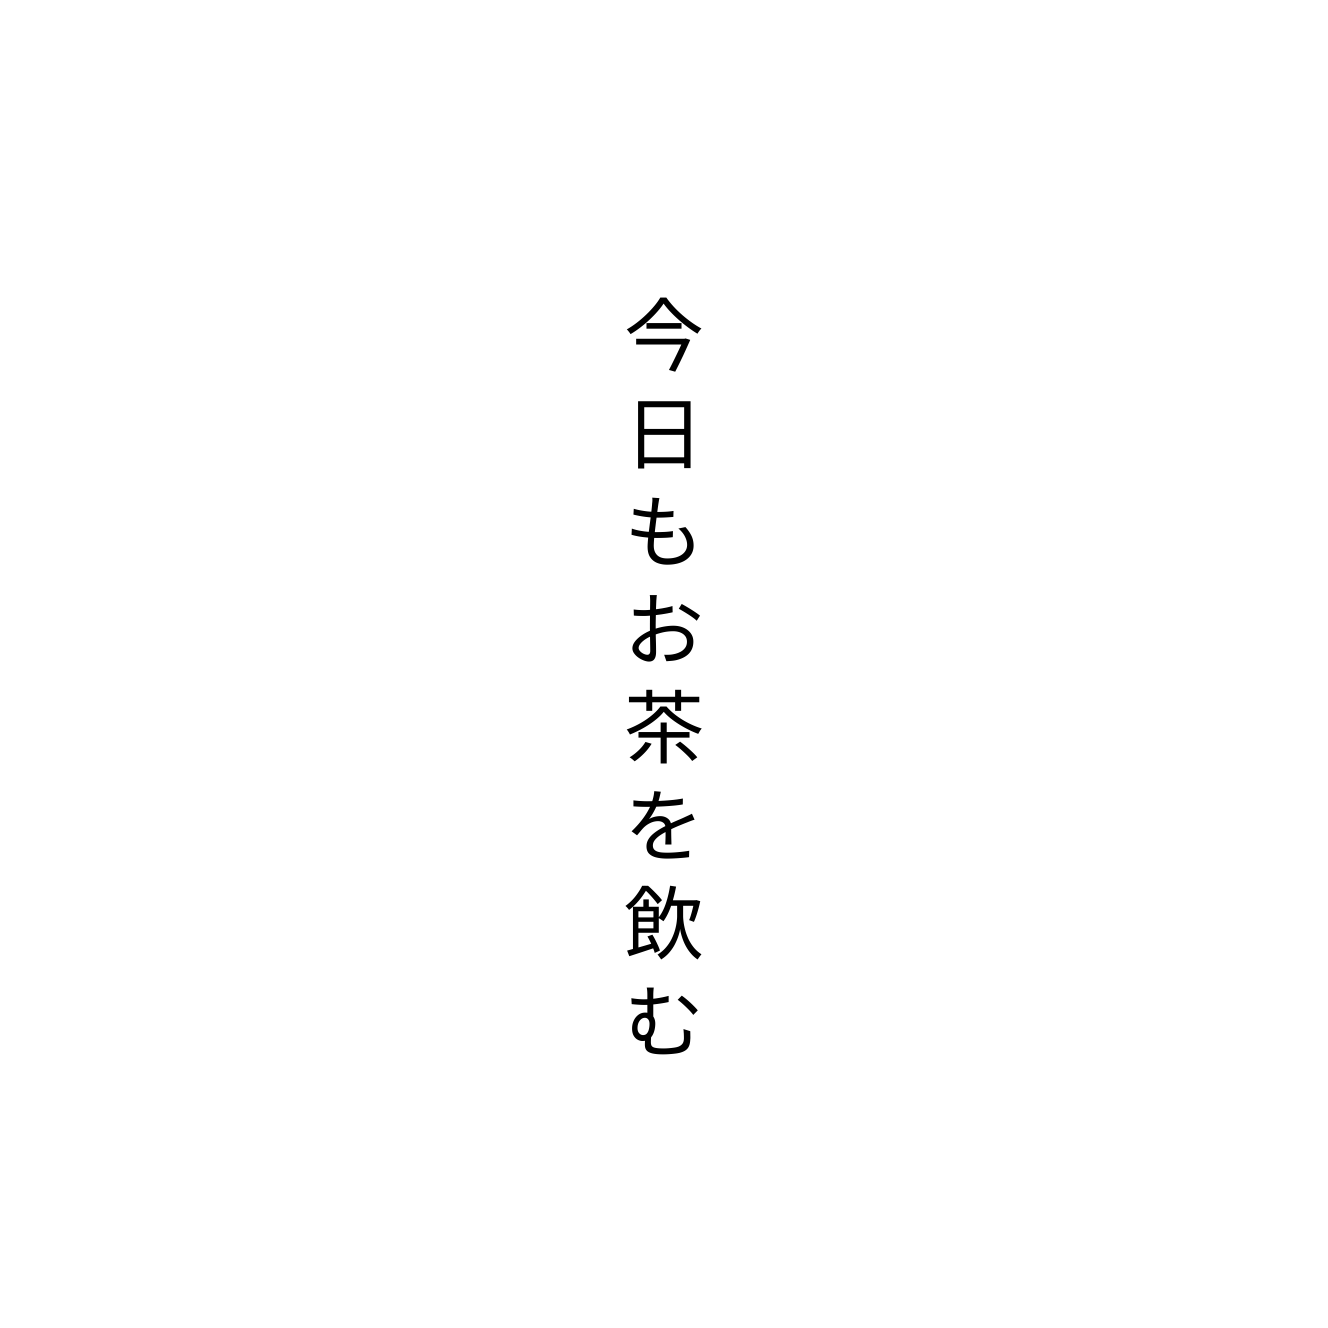
今日もお茶を飲む